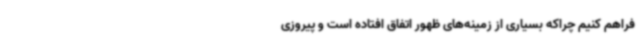
فراهم کنیم چراکه بسیاری از زمینه‌های ظهور اتفاق افتاده است و پیروزی